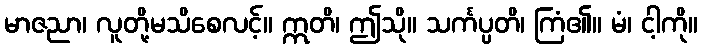
မာဇညာ၊ လူတို့မသိစေလင့်။ ဣတိ၊ ဤသို။ သင်္ကပ္ပတိ၊ ကြံ၏။ မံ၊ ငါ့ကို။